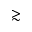
\gtrsim